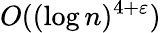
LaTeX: O((\log n)^{4+\varepsilon})